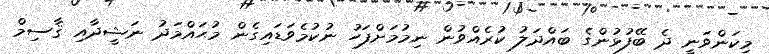
މިކަންވަނީ ދެ ބޭފުޅުންގެ ބައްދަލު ކުރެއްވުން ނިމުމަށްފަހު ނުކުމެވަޑައިގެން މުޙައްމަދު ނަޝީދާއި ޤާސިމް